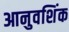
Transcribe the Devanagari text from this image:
आनुवशिंक